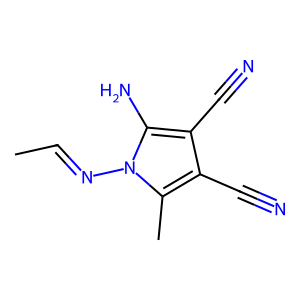
SMILES: CC=Nn1c(C)c(C#N)c(C#N)c1N
Inhibits HIV replication: No